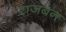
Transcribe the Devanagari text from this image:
राजबन